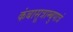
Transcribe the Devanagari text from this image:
कंबासूत्राम्बुपात्रं